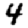
Digit: 4